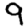
Digit: 9